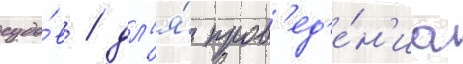
судо́в / дл'я́ пров'ед'е́н'иа